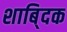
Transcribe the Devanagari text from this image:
शाबि्दक